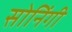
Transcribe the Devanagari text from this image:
सोनिंगी